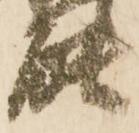
能